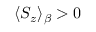
\langle S _ { z } \rangle _ { \beta } > 0